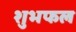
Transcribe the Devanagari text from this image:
शुभफल